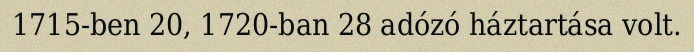
1715-ben 20, 1720-ban 28 adózó háztartása volt.